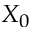
X _ { 0 }